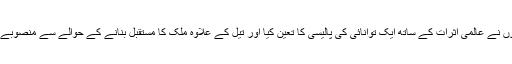
اس کے علاوہ انھوں نے عالمی اثرات کے ساتھ ایک توانائی کی پالیسی کا تعین کیا اور تیل کے علاوہ ملک کا مستقبل بنانے کے حوالے سے منصوبے بھی بنا رہے ہیں۔